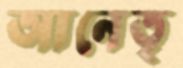
আনেতৃ